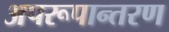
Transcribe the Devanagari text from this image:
अपरूपान्तरण